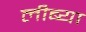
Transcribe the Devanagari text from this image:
लीब्या